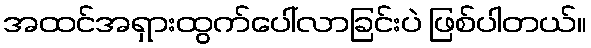
အထင်အရှားထွက်ပေါ်လာခြင်းပဲ ဖြစ်ပါတယ်။